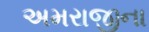
અમરાજીના